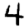
Digit: 4